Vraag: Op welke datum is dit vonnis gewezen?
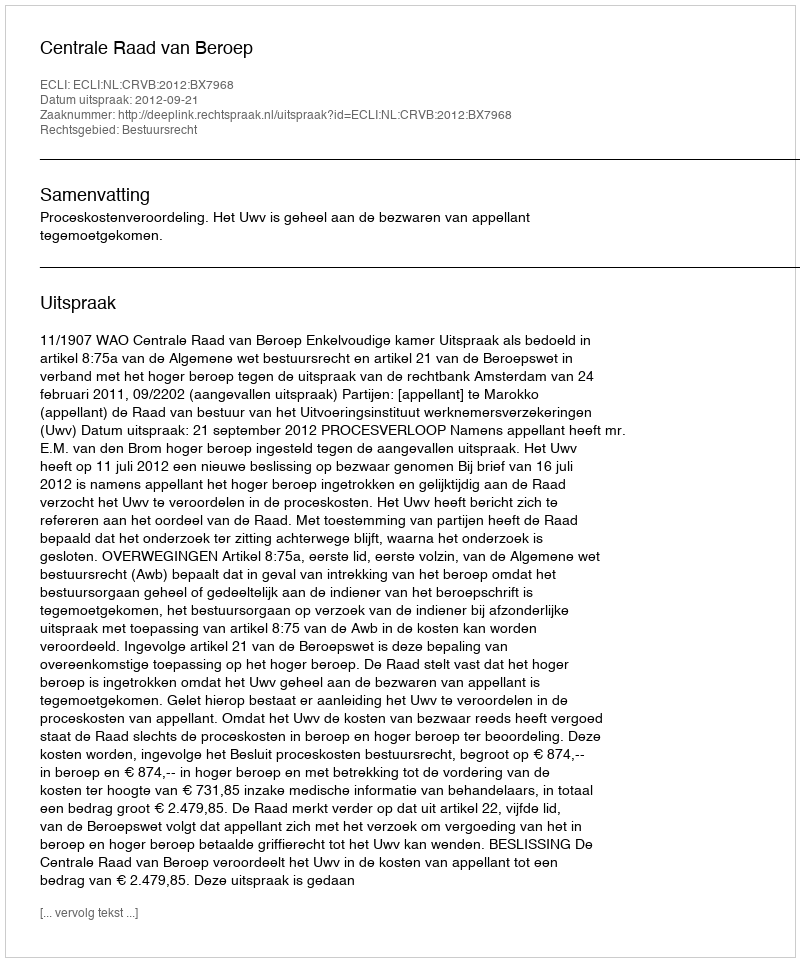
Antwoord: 2012-09-21